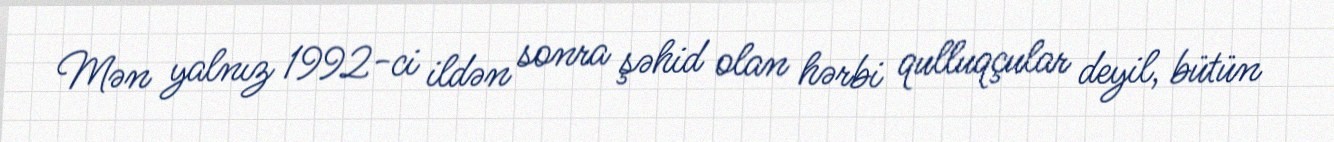
Mən yalnız 1992-ci ildən sonra şəhid olan hərbi qulluqçular deyil, bütün